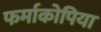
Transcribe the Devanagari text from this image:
फर्माकोपिया